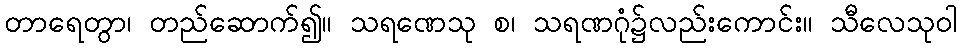
တာရေတွာ၊ တည်ဆောက်၍။ သရဏေသု စ၊ သရဏဂုံ၌လည်းကောင်း။ သီလေသုဝါ